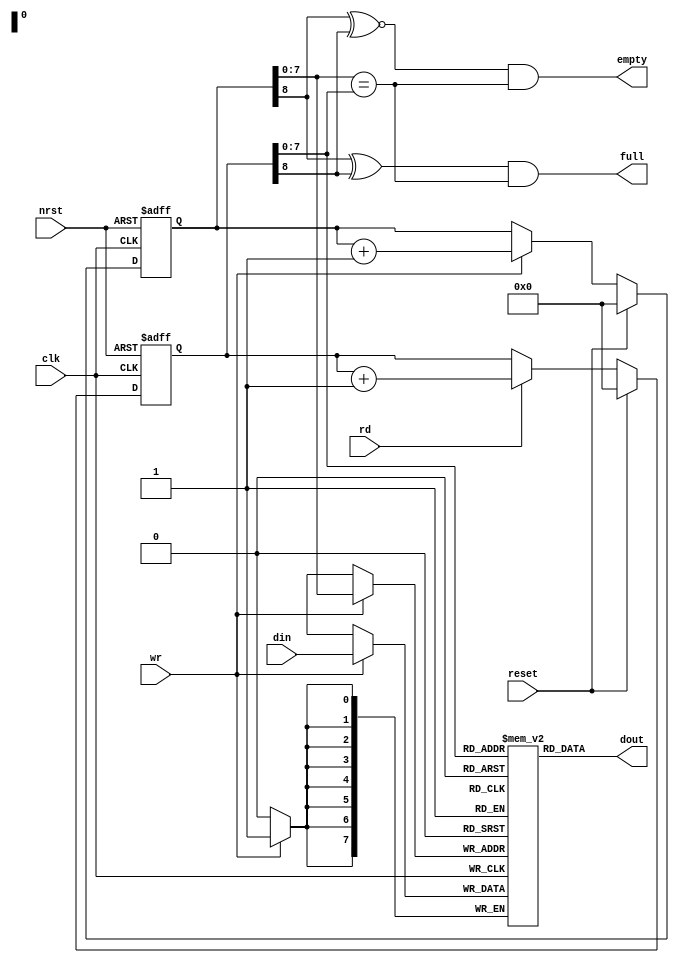
module llr_buffer (
        clk     , 
        nrst    , 
        reset   , 
        din     , 
        dout    , 
        wr      , 
        rd      , 
        empty   , 
        full
        ) ;
parameter               DEPTH = 256 ;   
parameter               ADDRW = 8 ; 
parameter               SW = 4 ;        
input                   clk ;       
input                   nrst ;
input                   reset ;
input   [SW*2 -1:0]     din ;       
input                   wr ;
input                   rd ;
output  [SW*2 -1:0]     dout ;
output                  empty ;
output                  full ;
reg     [SW*2 -1:0]     mem [DEPTH -1:0] ;
wire    [SW*2 -1:0]     data ;
reg     [ADDRW :0]      waddr ;
reg     [ADDRW :0]      raddr ;
wire    [ADDRW -1:0]    waddr_i ;
wire    [ADDRW -1:0]    raddr_i ;
assign dout = data ;
assign waddr_i = waddr [ADDRW -1 : 0] ;
assign raddr_i = raddr [ADDRW -1 : 0] ;
assign empty = (waddr [ADDRW] ~^ raddr [ADDRW]) & (waddr_i == raddr_i) ;
assign full = (waddr [ADDRW] ^ raddr [ADDRW]) & (waddr_i == raddr_i) ;
always @ (posedge clk or negedge nrst)
  if (~nrst)
    waddr <= 0 ;
  else if (reset)
    waddr <= 0 ;
  else if (wr)
    waddr <= waddr + 1 ;
always @ (posedge clk or negedge nrst)
  if (~nrst)
    raddr <= 0 ;
  else if (reset)
    raddr <= 0 ;
  else if (rd)
    raddr <= raddr + 1 ;
always @ (posedge clk)
  if (wr)
    mem [waddr_i] <= din ;
assign data = mem [raddr_i] ;
endmodule